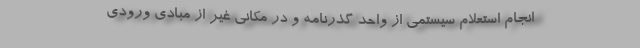
انجام استعلام سیستمی از واحد گذرنامه و در مکانی غیر از مبادی ورودی